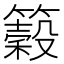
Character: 𥵠